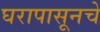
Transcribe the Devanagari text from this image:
घरापासूनचे